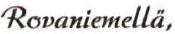
Rovaniemellä,